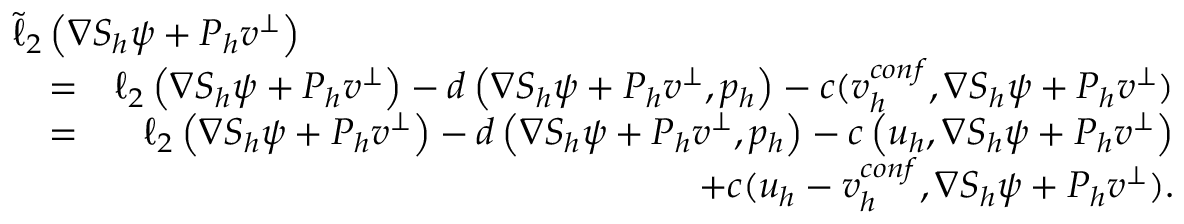
\begin{array} { r l r } { \lefteqn { \tilde { \ell } _ { 2 } \left( \nabla S _ { h } \psi + \boldsymbol { P } _ { h } \boldsymbol { v } ^ { \bot } \right) } } \\ & { = } & { \ell _ { 2 } \left( \nabla S _ { h } \psi + \boldsymbol { P } _ { h } \boldsymbol { v } ^ { \bot } \right) - d \left( \nabla S _ { h } \psi + \boldsymbol { P } _ { h } \boldsymbol { v } ^ { \bot } , { p } _ { h } \right) - c ( \boldsymbol { v } _ { h } ^ { c o n f } , \nabla S _ { h } \psi + \boldsymbol { P } _ { h } \boldsymbol { v } ^ { \bot } ) } \\ & { = } & { \ell _ { 2 } \left( \nabla S _ { h } \psi + \boldsymbol { P } _ { h } \boldsymbol { v } ^ { \bot } \right) - d \left( \nabla S _ { h } \psi + \boldsymbol { P } _ { h } \boldsymbol { v } ^ { \bot } , { p } _ { h } \right) - c \left( \boldsymbol { u } _ { h } , \nabla S _ { h } \psi + \boldsymbol { P } _ { h } \boldsymbol { v } ^ { \bot } \right) } \\ & { } & { + c ( \boldsymbol { u } _ { h } - \boldsymbol { v } _ { h } ^ { c o n f } , \nabla S _ { h } \psi + \boldsymbol { P } _ { h } \boldsymbol { v } ^ { \bot } ) . } \end{array}